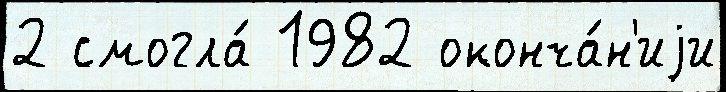
2 смогла́ 1982 оконча́н'иjи